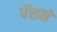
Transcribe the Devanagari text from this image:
पेंशनें